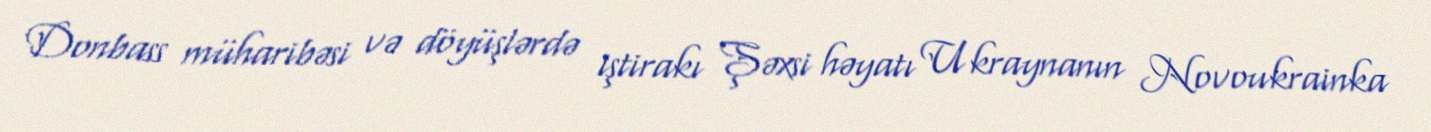
Donbass müharibəsi və döyüşlərdə iştirakı Şəxsi həyatı Ukraynanın Novoukrainka